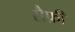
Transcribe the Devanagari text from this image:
सैफ़ी